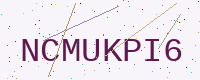
Text: NCMUKPI6